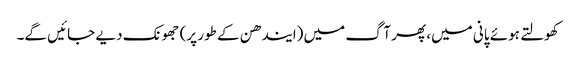
کھولتے ہوئے پانی میں، پھر آگ میں (ایندھن کے طور پر) جھونک دیے جائیں گے۔